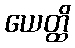
ယေတ္ထိ